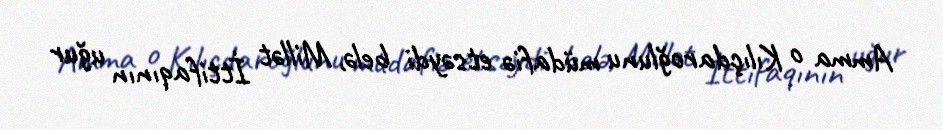
Amma o Kılıçdaroğlunu müdafiə etsəydi belə, Millət İttifaqının uğur